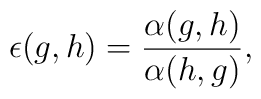
\epsilon(g,h) = \frac{\alpha(g,h)}{\alpha(h,g)},